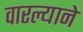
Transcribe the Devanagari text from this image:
वारल्याने